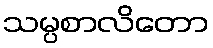
သမ္ပစာလိတော